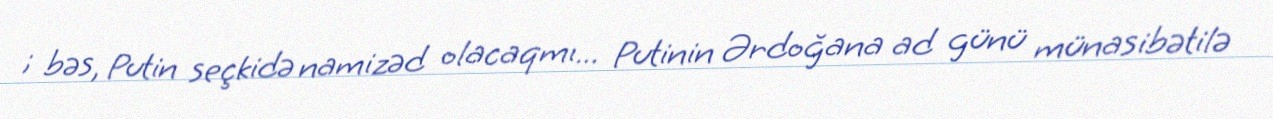
; bəs, Putin seçkidə namizəd olacaqmı... Putinin Ərdoğana ad günü münasibətilə